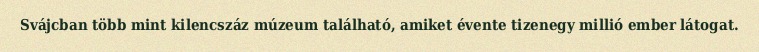
Svájcban több mint kilencszáz múzeum található, amiket évente tizenegy millió ember látogat.